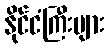
နိုင်ငံကြီးများ